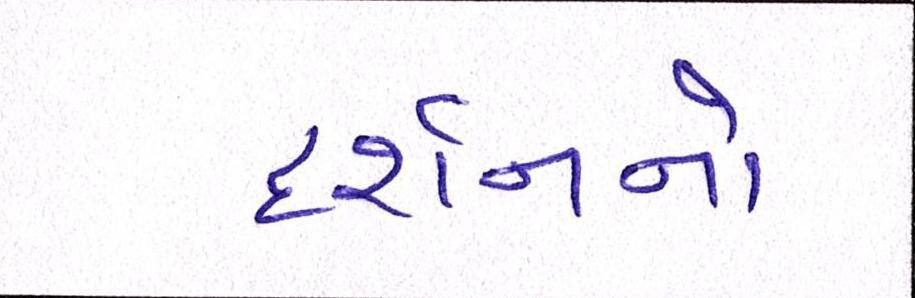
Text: દર્શનનો